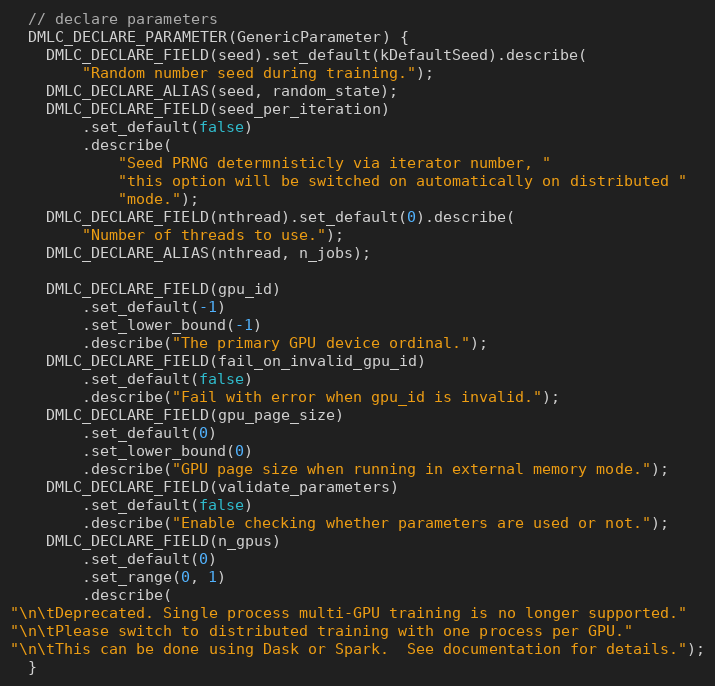
Language: C
  // declare parameters
  DMLC_DECLARE_PARAMETER(GenericParameter) {
    DMLC_DECLARE_FIELD(seed).set_default(kDefaultSeed).describe(
        "Random number seed during training.");
    DMLC_DECLARE_ALIAS(seed, random_state);
    DMLC_DECLARE_FIELD(seed_per_iteration)
        .set_default(false)
        .describe(
            "Seed PRNG determnisticly via iterator number, "
            "this option will be switched on automatically on distributed "
            "mode.");
    DMLC_DECLARE_FIELD(nthread).set_default(0).describe(
        "Number of threads to use.");
    DMLC_DECLARE_ALIAS(nthread, n_jobs);

    DMLC_DECLARE_FIELD(gpu_id)
        .set_default(-1)
        .set_lower_bound(-1)
        .describe("The primary GPU device ordinal.");
    DMLC_DECLARE_FIELD(fail_on_invalid_gpu_id)
        .set_default(false)
        .describe("Fail with error when gpu_id is invalid.");
    DMLC_DECLARE_FIELD(gpu_page_size)
        .set_default(0)
        .set_lower_bound(0)
        .describe("GPU page size when running in external memory mode.");
    DMLC_DECLARE_FIELD(validate_parameters)
        .set_default(false)
        .describe("Enable checking whether parameters are used or not.");
    DMLC_DECLARE_FIELD(n_gpus)
        .set_default(0)
        .set_range(0, 1)
        .describe(
"\n\tDeprecated. Single process multi-GPU training is no longer supported."
"\n\tPlease switch to distributed training with one process per GPU."
"\n\tThis can be done using Dask or Spark.  See documentation for details.");
  }